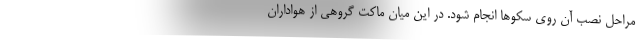
مراحل نصب آن روی سکوها انجام شود. در این میان ماکت گروهی از هواداران